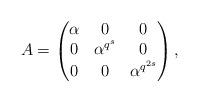
LaTeX: \begin{align*} A= \begin{pmatrix} \alpha & 0 & 0 \\ 0 & \alpha^{q^s} & 0 \\ 0 & 0 & \alpha^{q^{2s}} \end{pmatrix},\end{align*}